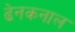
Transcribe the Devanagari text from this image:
ढेनकनाल